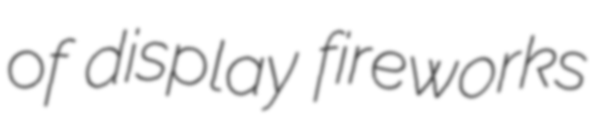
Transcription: of display fireworks